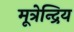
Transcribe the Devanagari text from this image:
मूत्रेन्द्रिय